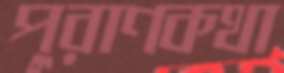
পুরাণকথা